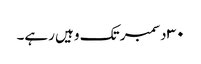
٣٠ دسمبر تک وہیں رہے۔